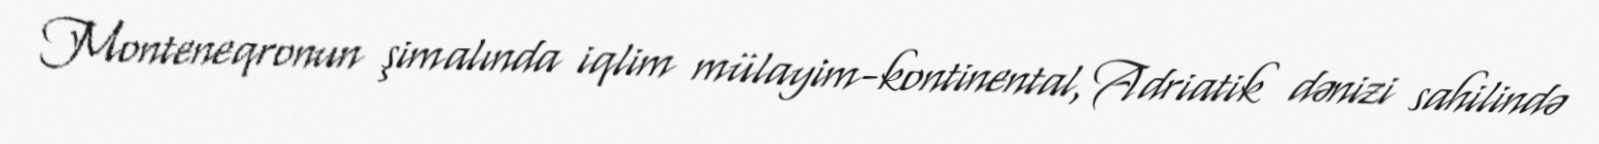
Monteneqronun şimalında iqlim mülayim-kontinental, Adriatik dənizi sahilində